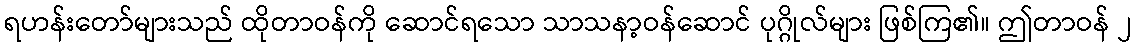
ရဟန်းတော်များသည် ထိုတာဝန်ကို ဆောင်ရသော သာသနာ့ဝန်ဆောင် ပုဂ္ဂိုလ်များ ဖြစ်ကြ၏။ ဤတာဝန် ၂